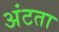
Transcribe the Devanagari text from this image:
अंटता